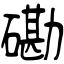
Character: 磡